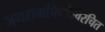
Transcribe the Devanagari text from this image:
जयरामपिण्डेविरचित